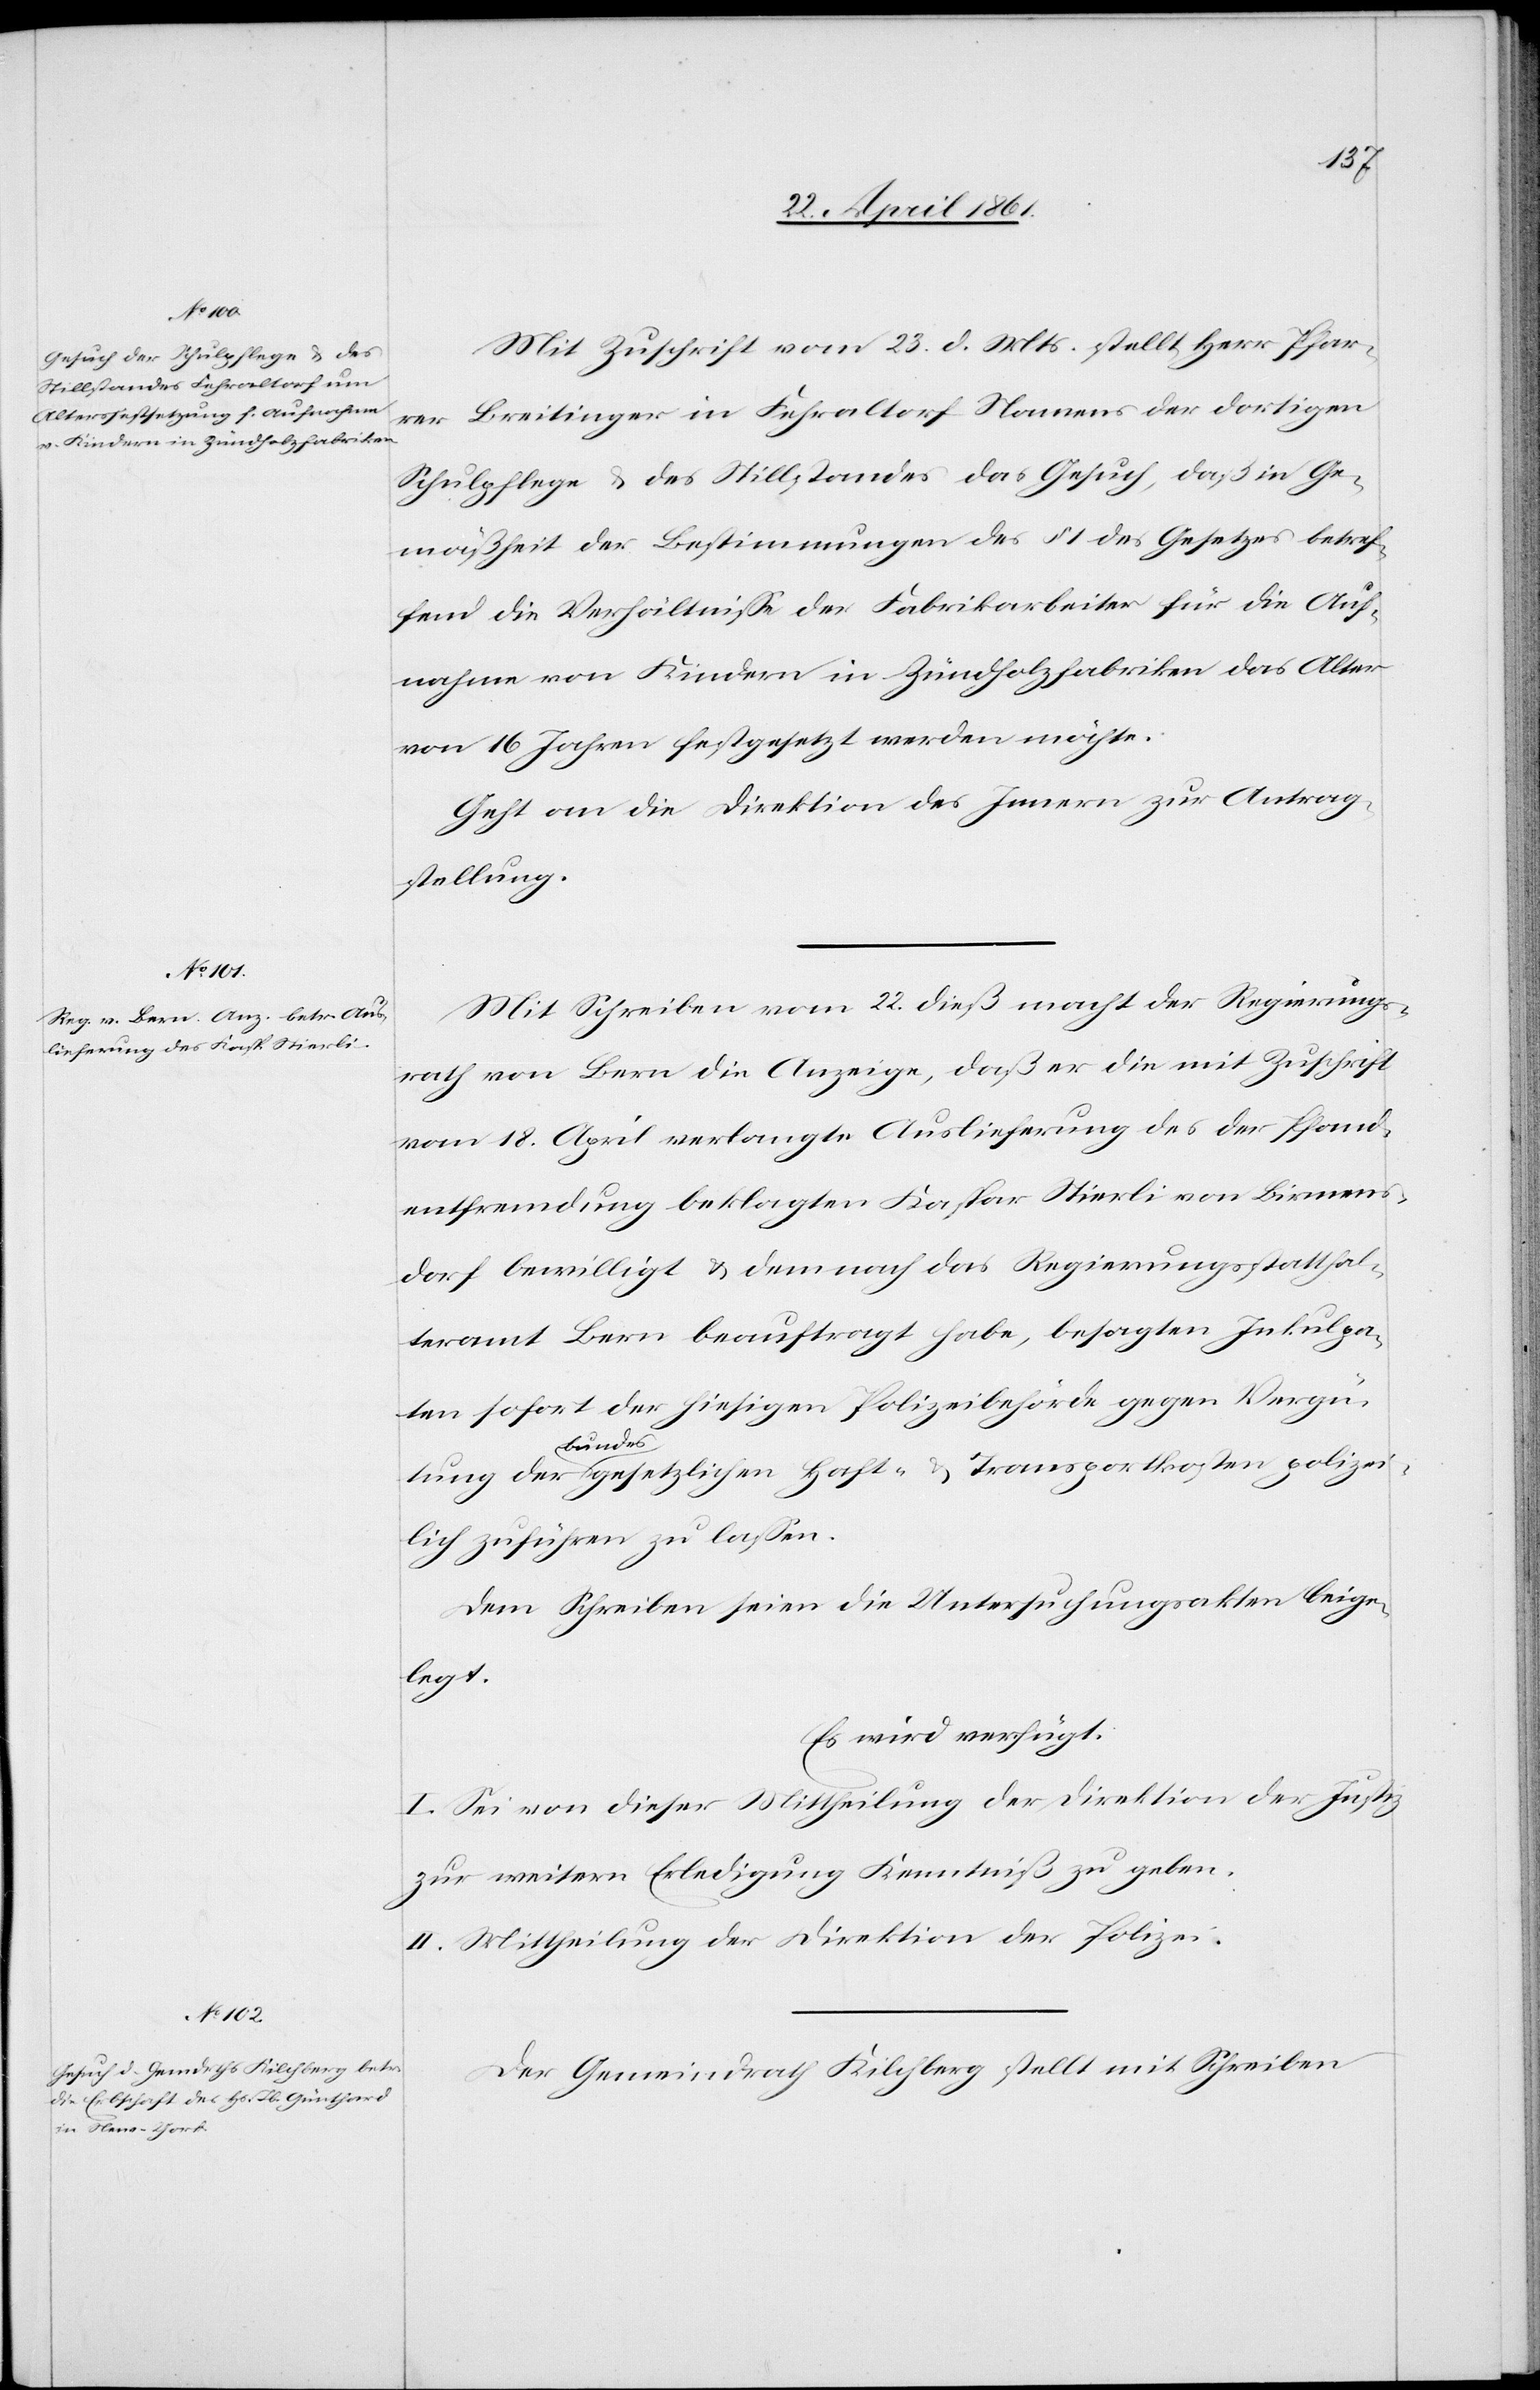
24. April 1861.]
Mit Zuschrift vom 23. d. Mts. stellt Herr Pfar¬
rer Breitinger in Fehraltorf Namens der dortigen
Schulpflege u. des Stillstandes das Gesuch, daß in Ge¬
mäßheit der Bestimmungen des § 1 des Gesetzes betref¬
fend die Verhältnisse des Fabrikarbeiter für die Auf¬
nahme von Kindern in Zündholzfabriken das Alter
von 16 Jahren festgesetzt werden möchte.
Geht an die Direktion des Innern zur Antrag¬
stellung.
Mit Schreiben vom 22. dieß macht der Regierungs¬
rath von Bern die Anzeige, daß er die mit Zuschrift
vom 18. April verlangte Auslieferung des der Pfand¬
entfremdung beklagten Kaspar Stierli von Birmens¬
dorf bewilligt u. demnach das Regierungsstatthal¬
teramt Bern beauftragt habe, besagten Inkulpa¬
ten sofort der hiesigen Polizeibehörde gegen Vergü¬
tung der bundesgesetzlichen Haft- u. Transportkosten polizei¬
lich zuführen zu lassen.
Dem Schreiben seien die Untersuchungsakten beige¬
legt.
Es wird verfügt.
I. Sei von dieser Mittheilung der Direktion der Justiz
zur weitern Erledigung Kenntniß zu geben.
II. Mittheilung der Direktion der Polizei.
Der Gemeindrath Kilchberg stellt mit Schreiben